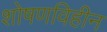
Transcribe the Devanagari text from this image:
शोषणविहीन